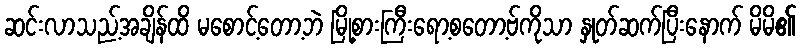
ဆင်းလာသည့်အချိန်ထိ မစောင့်တော့ဘဲ မြို့စားကြီးရော့စတော့ဗ်ကိုသာ နှုတ်ဆက်ပြီးနောက် မိမိ၏